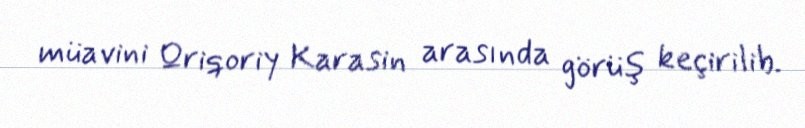
müavini Qriqoriy Karasin arasında görüş keçirilib.